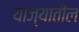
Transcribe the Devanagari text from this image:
याज्यातील